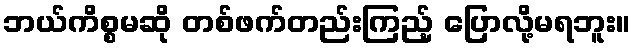
ဘယ်ကိစ္စမဆို တစ်ဖက်တည်းကြည့် ပြောလို့မရဘူး။